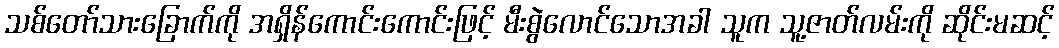
သစ်တော်သားခြောက်ကို အရှိန်ကောင်းကောင်းဖြင့် မီးစွဲလောင်သောအခါ သူက သူ့ဇာတ်လမ်းကို ဆိုင်းမဆင့်